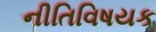
નીતિવિષયક